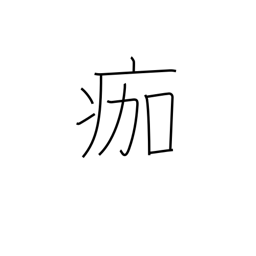
Meaning: slough